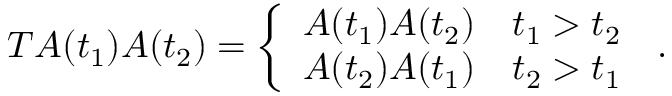
T A ( t _ { 1 } ) A ( t _ { 2 } ) = { \left\{ \begin{array} { l l } { A ( t _ { 1 } ) A ( t _ { 2 } ) } & { t _ { 1 } > t _ { 2 } } \\ { A ( t _ { 2 } ) A ( t _ { 1 } ) } & { t _ { 2 } > t _ { 1 } } \end{array} \right. } ~ .